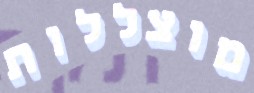
מוצללות